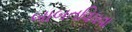
બાબતવિધવા